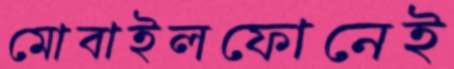
মোবাইলফোনেই